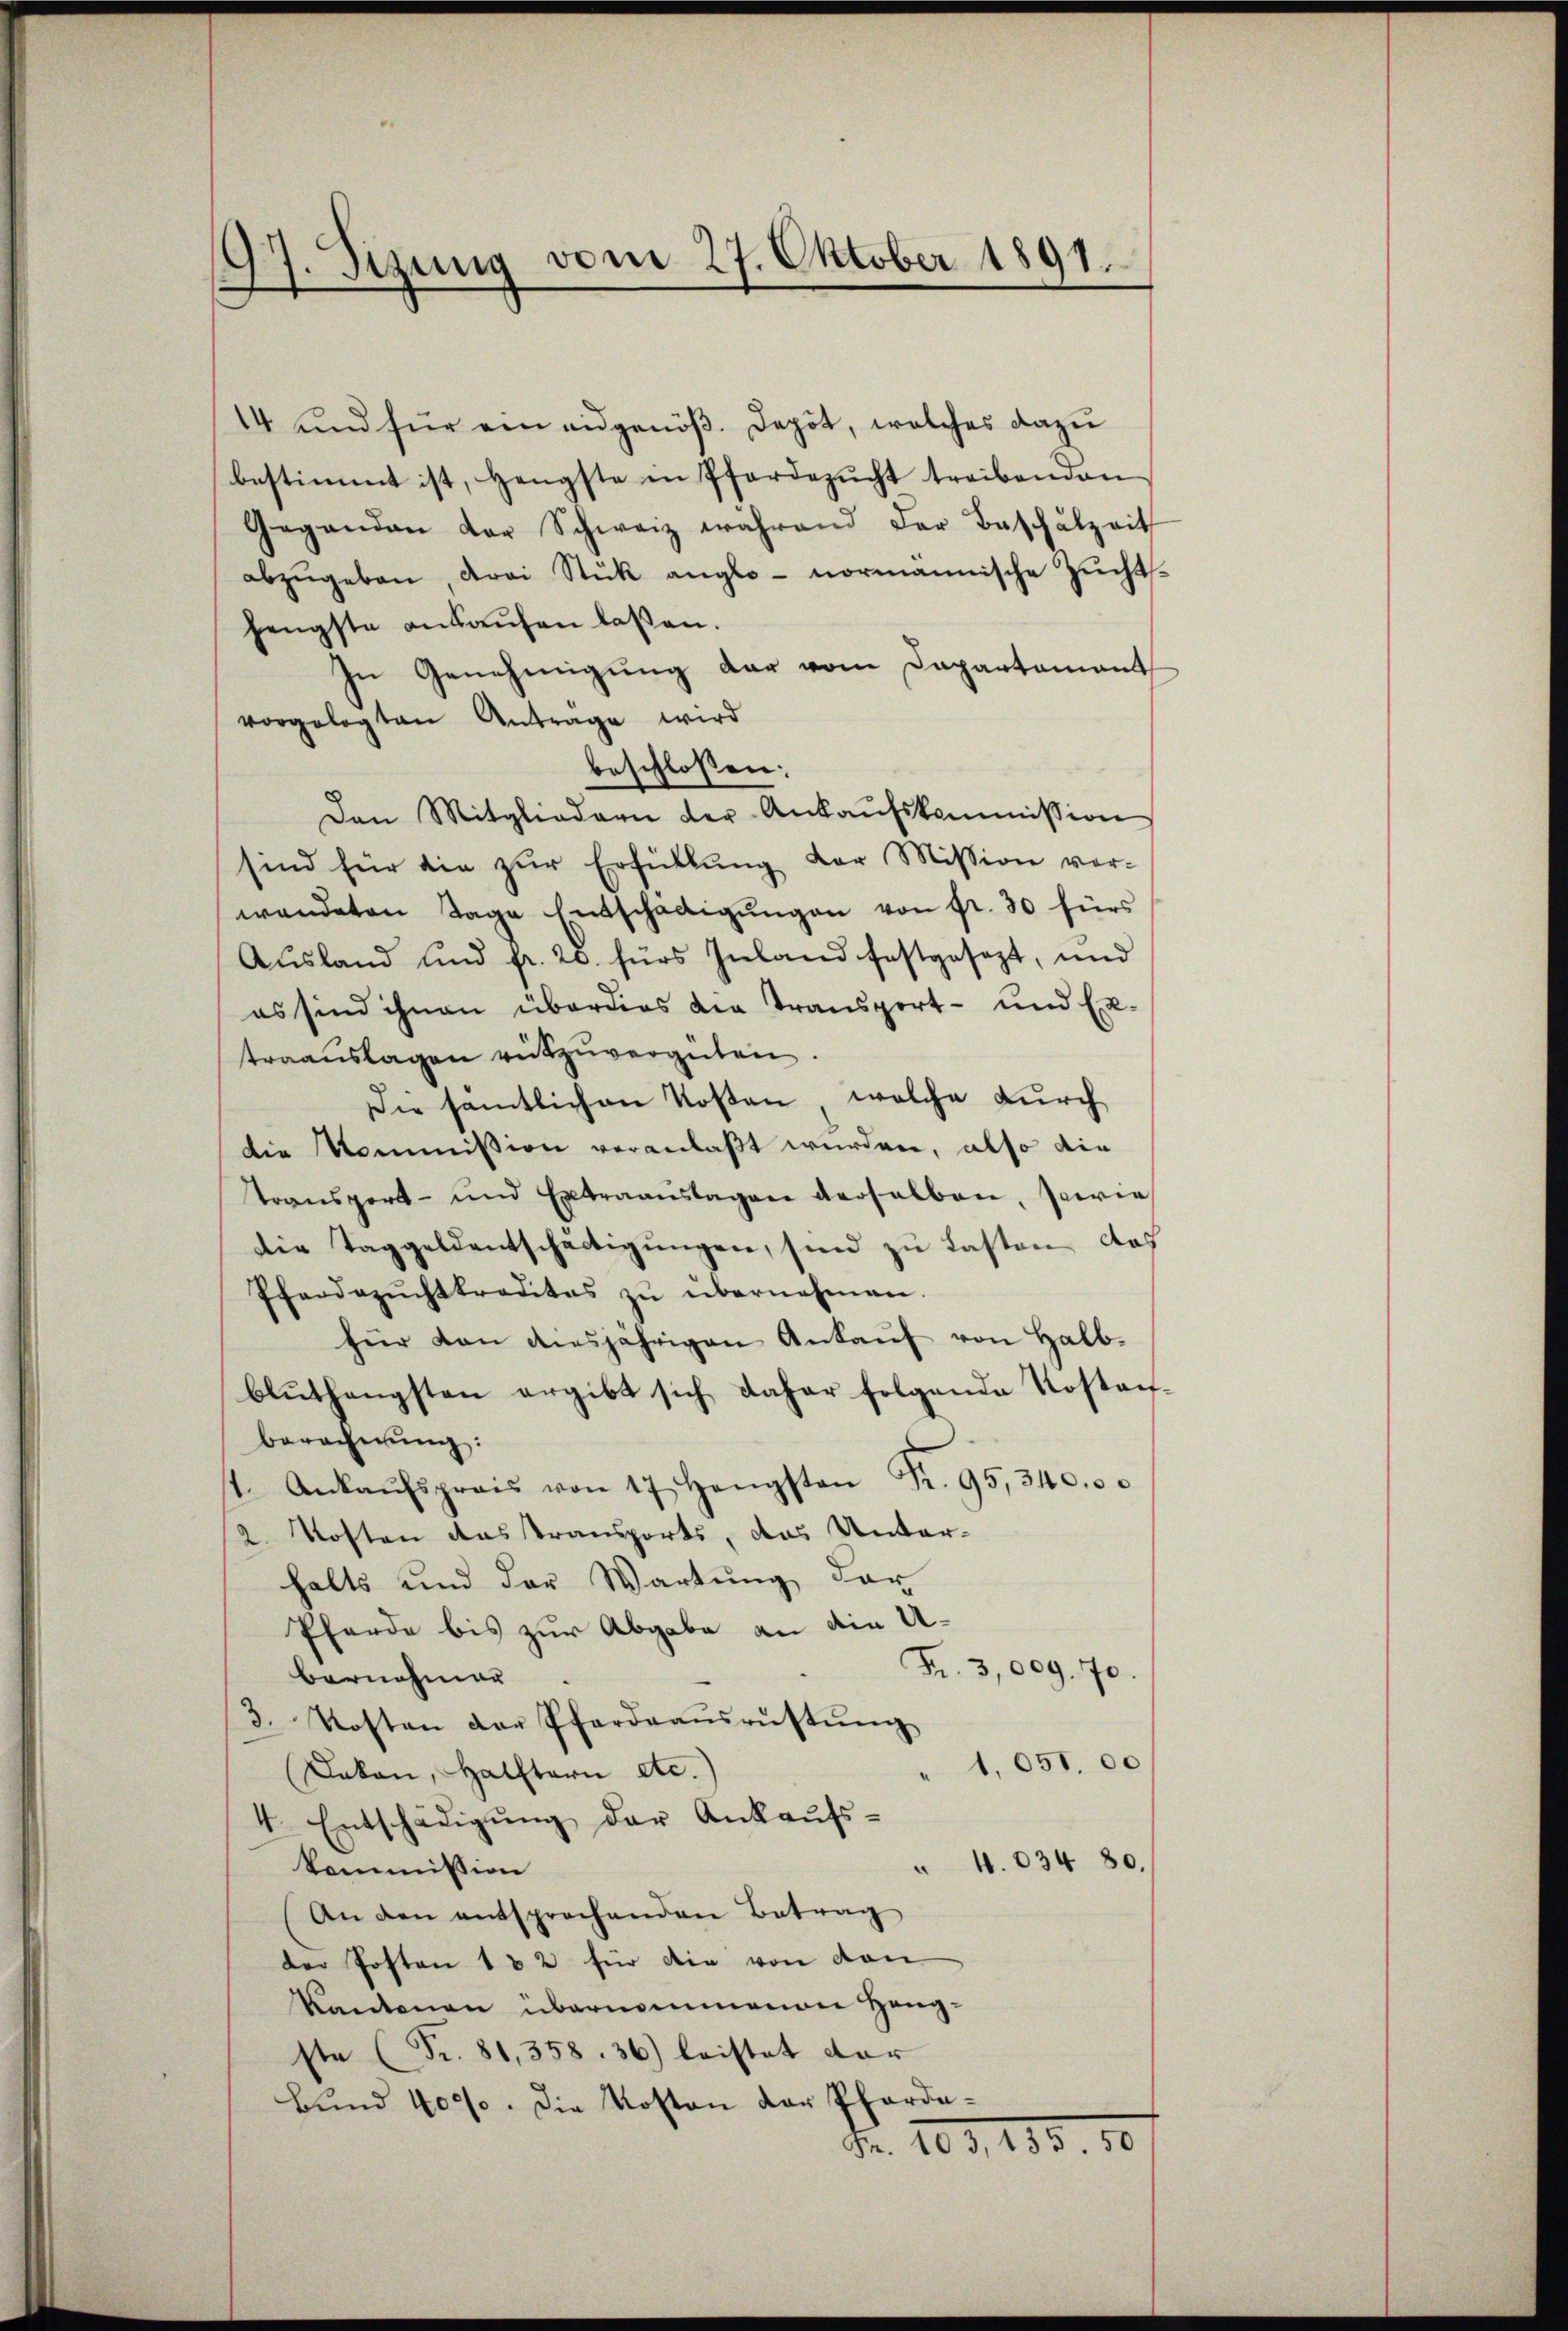
17. Sizung vom 27. Oktober 1891.
—

14 und für ein eidgenöß. Depot, welches dazu
bestimmt ist, Hengste in Pferdezŭcht treibenden
Gegenden der Schweiz während der Beschalzeit
abzŭgeben, drei Stück anglo- normannische Zŭchts-
hengste ankaufen laßen.
In Genehmigung der vom Departamant
vorgelegten Antrage wird
beschlossen:
Den Mitgliedern der Ankaŭfskommission
sind für die zŭr Erfüllŭng der Mission vor-
wendeten Tage Entschädigŭngen von fr. 30 fürs
Ausland und fr. 28. fürs Inland festgesezt, und
es sind ihnen überdies die Transport- und Ex-
traaŭslagen rützŭvergüten.
Die sämtlichen Kosten, welche durch
die Kommission veranlaßt wurden, also die
transport- und Extraaŭslagen verselben, sowie
die Taggeldentschäftigŭngen, sind zu Lasten das
Pferdezŭchtkreditas zŭ übernehmen.
für von desjährigen Ankaŭf von Halb-
blŭthengsten ergibt sich daher folgende Kostanberechnung:
st. Ankaŭfspreis von 17 Hengsten Fr. 95,340.
2. Kosten das transports, das Unterhalts und der Wartung der
Pferde bis zur Abgabe an die U
Fr. 3,009. 70
bernehmer
3. Kosten der Pfarraaŭsrŭstŭng
1. 051. 00
Dakon, Halftarn etc.)
4. Entschädigŭng der Ankaŭfs-
4.034 80.
kommission
An den entsprochenden Betrag
der Posten 182 für die von von
Kantonen übernommenen Heng-
ste (Fr. 81,358. 36) leistet dar
Bund 4000. Die Kosten der Pfarda¬
Fr. 103, 135. 50